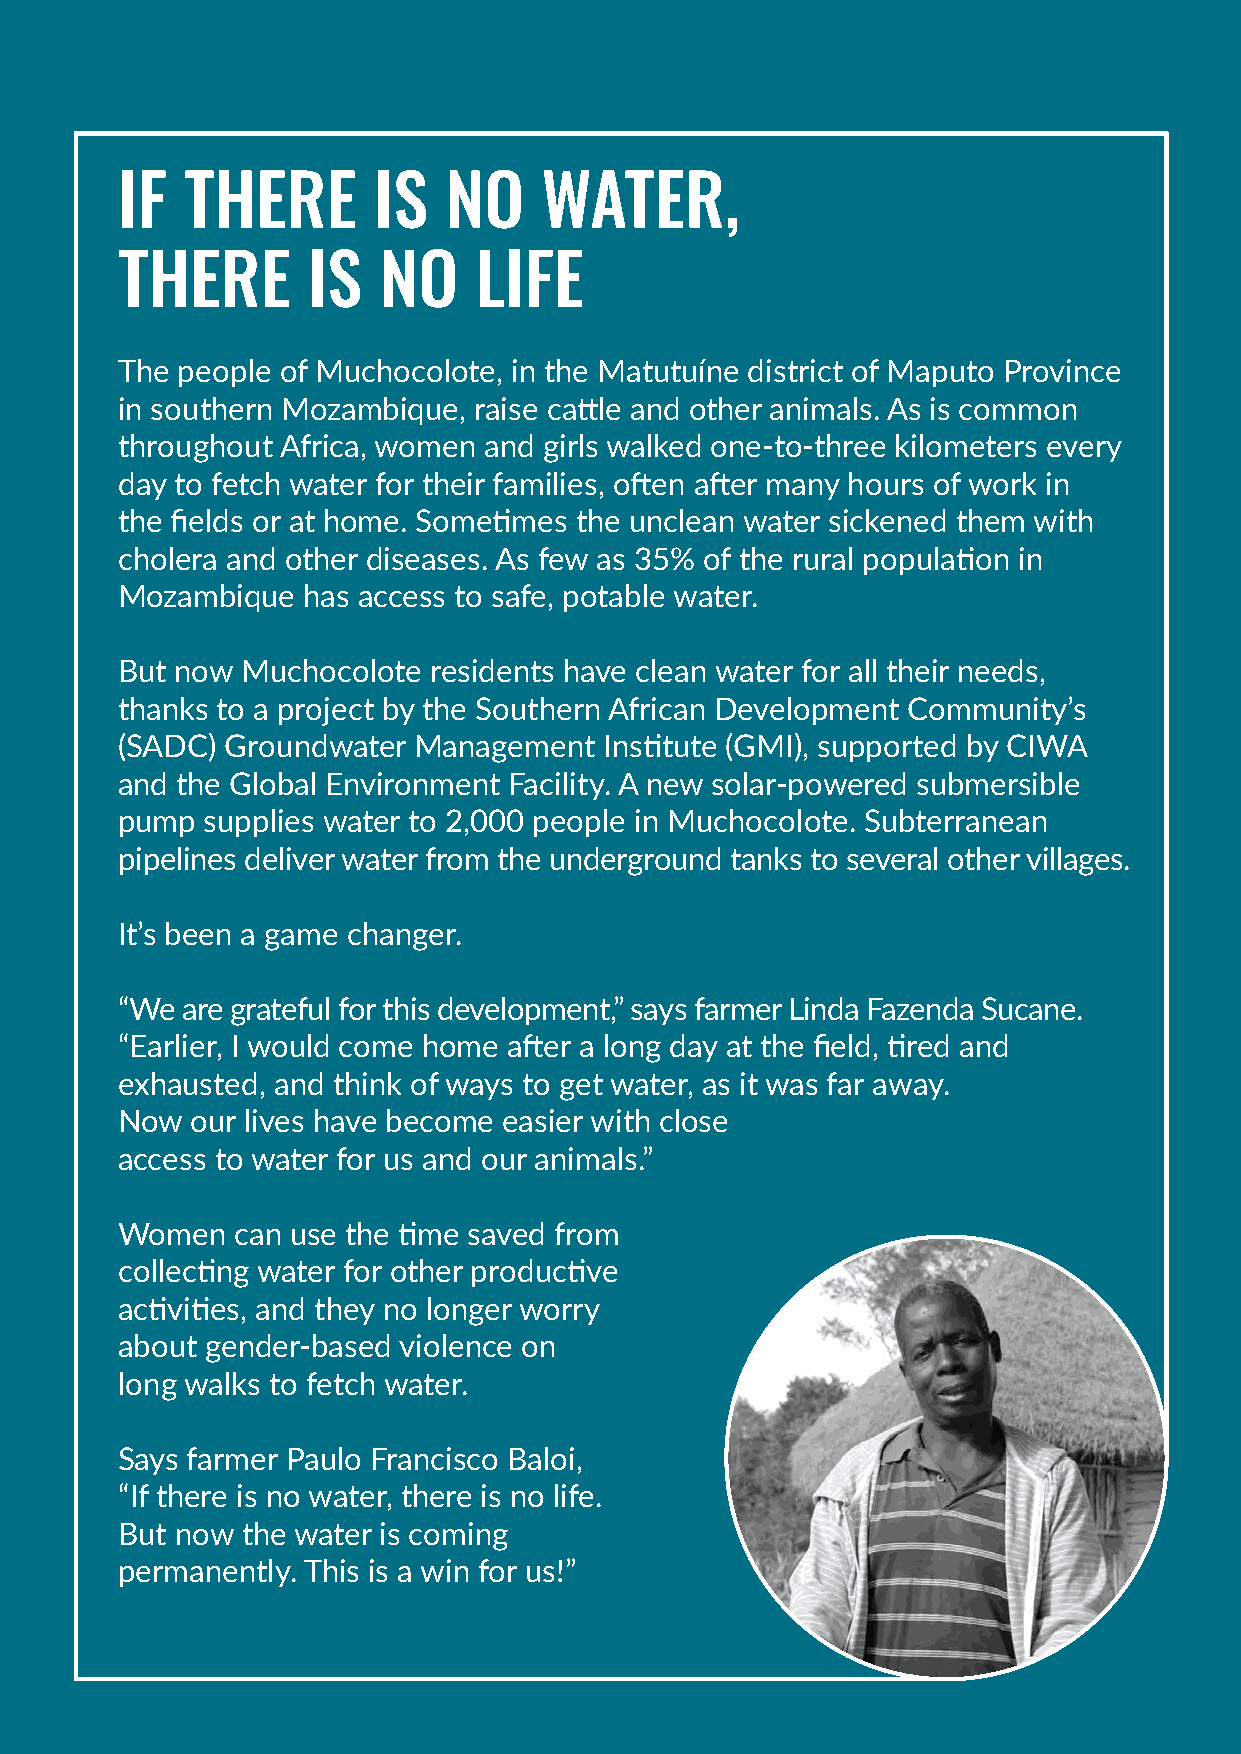
SOUTHERN AFRICA
 IF  THERE        IS  NO     WATER,
 THERE       IS   NO    LIFE
 The people of Muchocolote, in the Matutuíne district of Maputo Province
 in southern Mozambique, raise cattle and other animals. As is common
 throughout Africa, women and girls walked one-to-three kilometers every
 day to fetch water for their families, often after many hours of work in
 the fields or at home. Sometimes the unclean water sickened them with
 cholera and other diseases. As few as 35% of the rural population in
 Mozambique  has access to safe, potable water.
 But now Muchocolote  residents have clean water for all their needs,
 thanks to a project by the Southern African Development Community’s
 (SADC) Groundwater Management   Institute (GMI), supported by CIWA
 and the Global Environment Facility. A new solar-powered submersible
 pump  supplies water to 2,000 people in Muchocolote. Subterranean
 pipelines deliver water from the underground tanks to several other villages.
 It’s been a game changer.
 “We are grateful for this development,” says farmer Linda Fazenda Sucane.
 “Earlier, I would come home after a long day at the field, tired and
 exhausted, and think of ways to get water, as it was far away.
 Now  our lives have become easier with close
 access to water for us and our animals.”
 Women  can use the time saved from
 collecting water for other productive
 activities, and they no longer worry
 about gender-based violence on
 long walks to fetch water.
 Says farmer Paulo Francisco Baloi,
 “If there is no water, there is no life.
 But now the water is coming
 permanently. This is a win for us!”